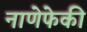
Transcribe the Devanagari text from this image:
नाणेफेकी